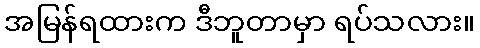
အမြန်ရထားက ဒီဘူတာမှာ ရပ်သလား။